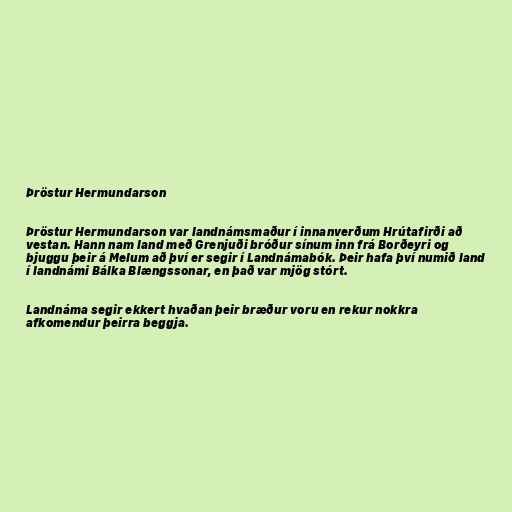
Þröstur Hermundarson

Þröstur Hermundarson var landnámsmaður í innanverðum Hrútafirði að
vestan. Hann nam land með Grenjuði bróður sínum inn frá Borðeyri og
bjuggu þeir á Melum að því er segir í Landnámabók. Þeir hafa því numið land
í landnámi Bálka Blængssonar, en það var mjög stórt.

Landnáma segir ekkert hvaðan þeir bræður voru en rekur nokkra
afkomendur þeirra beggja.